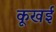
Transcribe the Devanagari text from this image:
कूखई